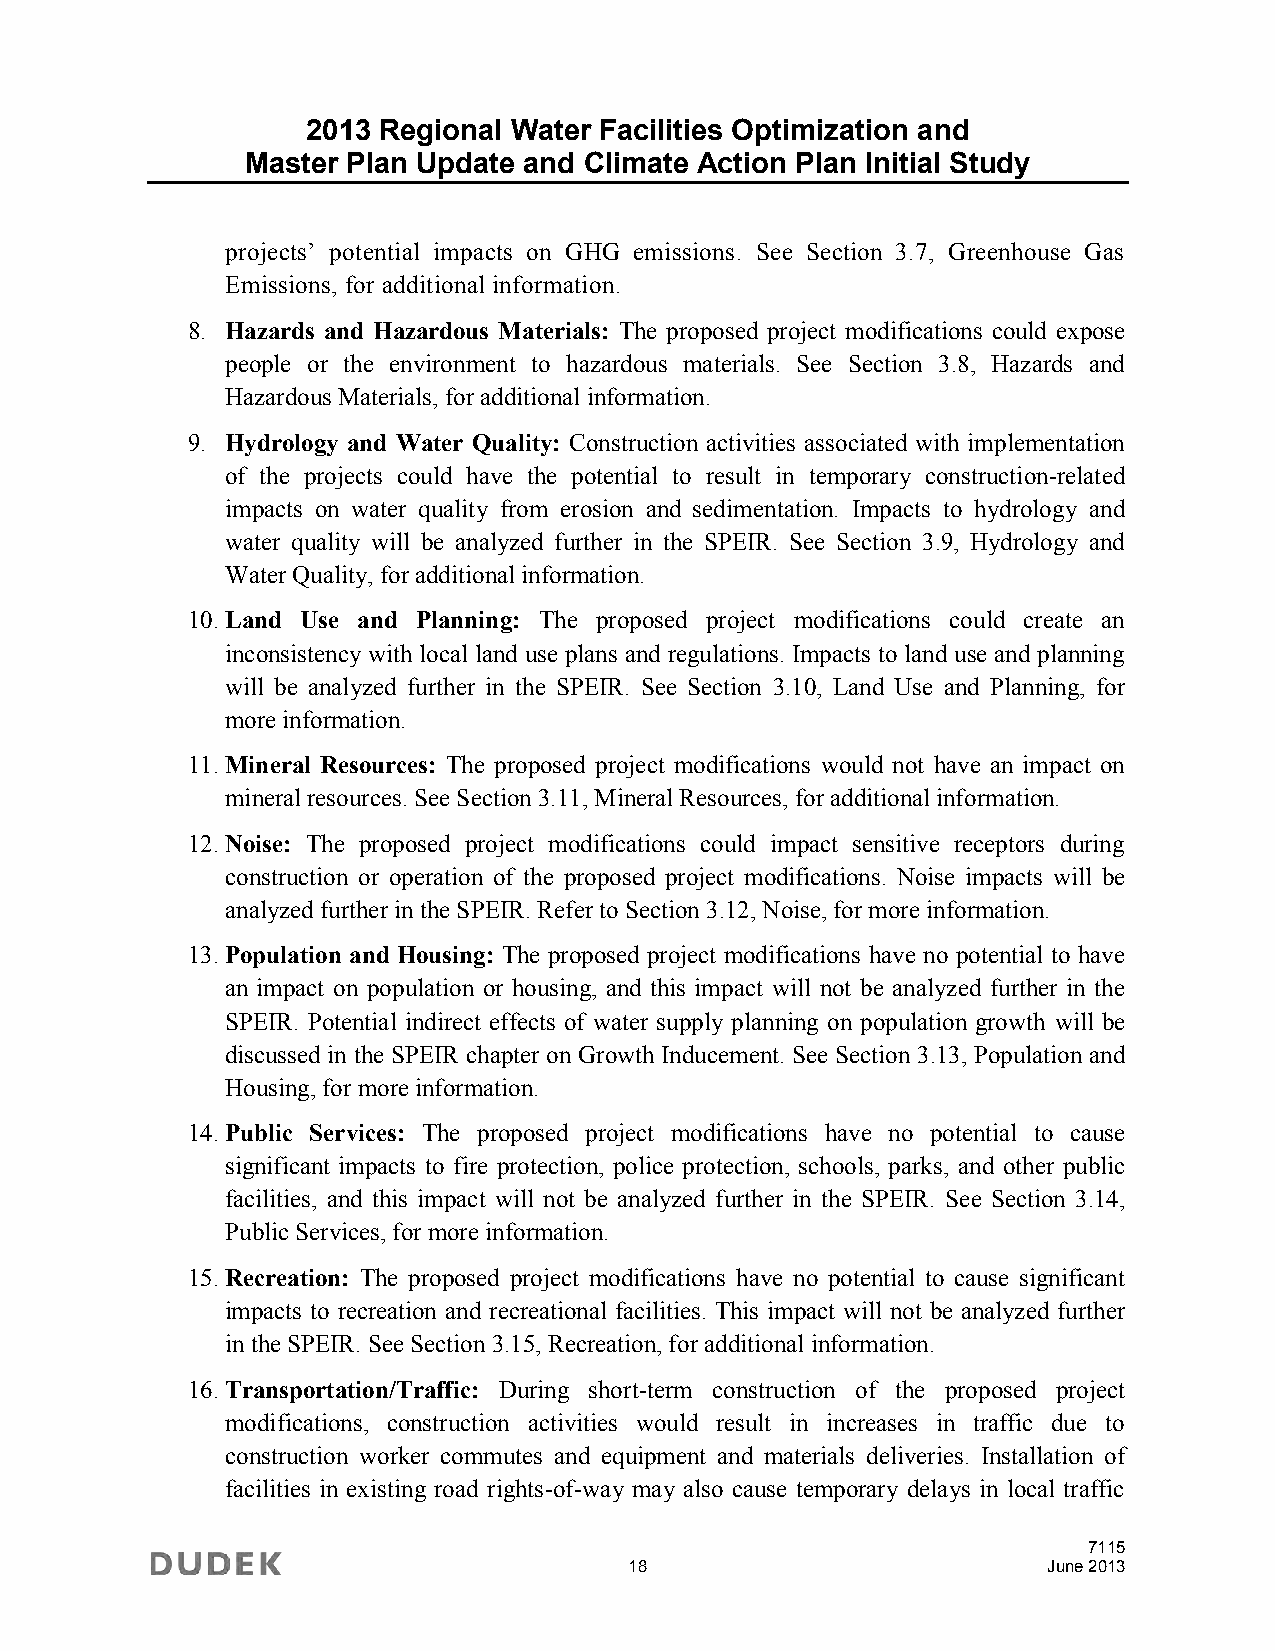
2013 Regional Water Facilities Optimization and
 Master Plan Update and Climate Action Plan Initial Study
 projects’ potential impacts on GHG emissions. See Section 3.7, Greenhouse Gas
 Emissions, for additional information.
 8. Hazards and Hazardous Materials: The proposed project modifications could expose
 people or the environment to hazardous materials. See Section 3.8, Hazards and
 Hazardous Materials, for additional information.
 9. Hydrology and Water Quality: Construction activities associated with implementation
 of the projects could have the potential to result in temporary construction-related
 impacts on water quality from erosion and sedimentation. Impacts to hydrology and
 water quality will be analyzed further in the SPEIR. See Section 3.9, Hydrology and
 Water Quality, for additional information.
 10. Land Use and Planning: The proposed project modifications could create an
 inconsistency with local land use plans and regulations. Impacts to land use and planning
 will be analyzed further in the SPEIR. See Section 3.10, Land Use and Planning, for
 more information.
 11. Mineral Resources: The proposed project modifications would not have an impact on
 mineral resources. See Section 3.11, Mineral Resources, for additional information.
 12. Noise: The proposed project modifications could impact sensitive receptors during
 construction or operation of the proposed project modifications. Noise impacts will be
 analyzed further in the SPEIR. Refer to Section 3.12, Noise, for more information.
 13. Population and Housing: The proposed project modifications have no potential to have
 an impact on population or housing, and this impact will not be analyzed further in the
 SPEIR. Potential indirect effects of water supply planning on population growth will be
 discussed in the SPEIR chapter on Growth Inducement. See Section 3.13, Population and
 Housing, for more information.
 14. Public Services: The proposed project modifications have no potential to cause
 significant impacts to fire protection, police protection, schools, parks, and other public
 facilities, and this impact will not be analyzed further in the SPEIR. See Section 3.14,
 Public Services, for more information.
 15. Recreation: The proposed project modifications have no potential to cause significant
 impacts to recreation and recreational facilities. This impact will not be analyzed further
 in the SPEIR. See Section 3.15, Recreation, for additional information.
 16. Transportation/Traffic: During short-term construction of the proposed project
 modifications, construction activities would result in increases in traffic due to
 construction worker commutes and equipment and materials deliveries. Installation of
 facilities in existing road rights-of-way may also cause temporary delays in local traffic
 7115
 18                         June 2013